Vaccination North-Western Provinces 1866-1877 - 1866-1877
Year: 1866
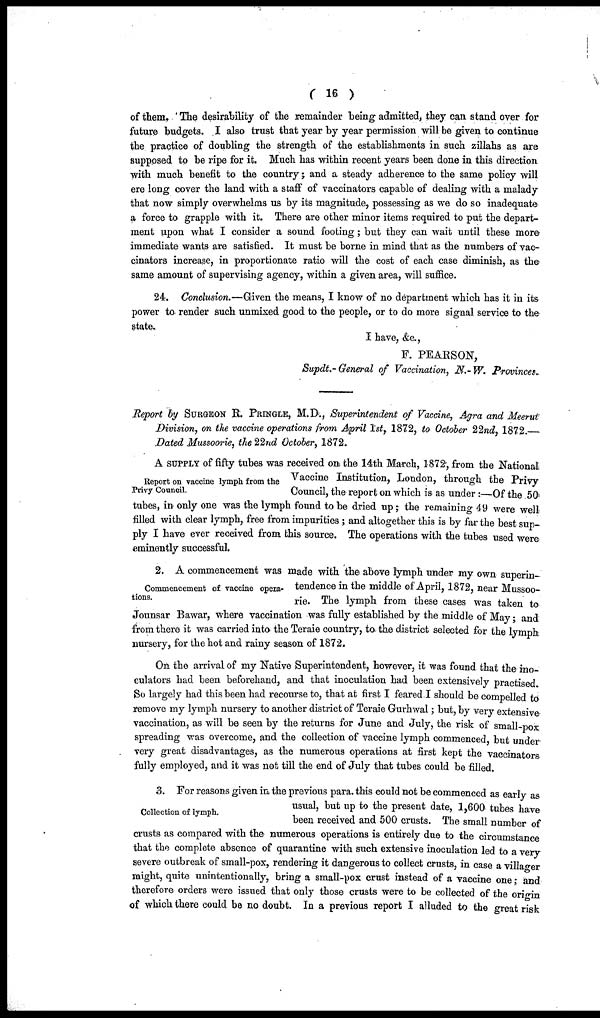
( 16 )
of them. ' The desirability of the remainder being admitted, they can stand over for
future budgets. I also trust that year by year permission will be given to continue
the practice of doubling the strength of the establishments in such zillahs as are
supposed to be ripe for it. Much has within recent years been done in this direction
with much benefit to the country; and a steady adherence to the same policy will
ero long cover the land with a staff of vaccinators capable of dealing with a malady
that now simply overwhelms us by its magnitude, possessing as we do so inadequate
a force to grapple with it. There are other minor items required to put the depart-
ment upon what I consider a sound footing; but they can wait until these more
immediate wants are satisfied. It must be borne in mind that as the numbers of vac-
cinators increase, in proportionate ratio will the cost of each case diminish, as the
same amount of supervising agency, within a given area, will suffice.
24. Conclusion.—Given the means, I know of no department which has it in its
power to render such unmixed good to the people, or to do more signal service to the
state.
I have, &c.,
F. PEARSON,
Supdt.-General of Vaccination, N.-W. Provinces.
Report by SURGEON R. PRINGLE, M.D., Superintendent of Vaccine, Agra and Meerut
Division, on the vaccine operations from April 1st, 1872, to October 22nd, 1872.—
Dated Mussoorie, the 22nd October, 1872.
Report on vaccine lymph from the
Privy Council.
A SUPPLY of fifty tubes was received on the 14th March, 1872, from the National
Vaccine Institution, London, through the Privy
Council, the report on which is as under:—Of the 50
tubes, in only one was the lymph found to be dried up; the remaining 49 were well
filled with clear lymph, free from impurities; and altogether this is by far the best sup-
ply I have ever received from this source. The operations with the tubes used were
eminently successful.
Commencement of vaccine opera-
tions.
2. A commencement was made with the above lymph under my own superin-
tendence in the middle of April, 1872, near Mussoo-
rie. The lymph from these cases was taken to
Jounsar Bawar, where vaccination was fully established by the middle of May; and
from there it was carried into the Teraie country, to the district selected for the lymph
nursery, for the hot and rainy season of 1872.
On the arrival of my Native Superintendent, however, it was found that the ino¬
culators had been beforehand, and that inoculation had been extensively practised.
So largely had this been had recourse to, that at first I feared I should be compelled to
remove my lymph nursery to another district of Teraie Gurhwal; but, by very extensive
vaccination, as will be seen by the returns for June and July, the risk of small-pox
spreading was overcome, and the collection of vaccine lymph commenced, but under
very great disadvantages, as the numerous operations at first kept the vaccinators
fully employed, and it was not till the end of July that tubes could be filled.
Collection of lymph.
3. For reasons given in the previous para. this could not be commenced as early as
usual, but up to the present date, 1,600 tubes have
been received and 500 crusts. The small number of
crusts as compared with the numerous operations is entirely due to the circumstance
that the complete absence of quarantine with such extensive inoculation led to a very
severe outbreak of small-pox, rendering it dangerous to collect crusts, in case a villager
might, quite unintentionally, bring a small-pox crust instead of a vaccine one; and
therefore orders were issued that only those crusts were to be collected of the origin
of which there could be no doubt. In a previous report I alluded to the great risk